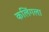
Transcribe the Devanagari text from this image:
कलिंगला